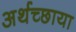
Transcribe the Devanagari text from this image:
अर्थच्छाया